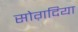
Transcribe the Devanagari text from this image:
सोग़दिया